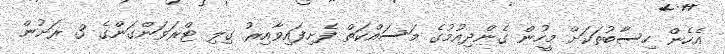
އެހެން ހިސާބުތަކަށް މީހުން ގެންދިއުމުގެ މަސައްކަތް ފެށިފައިވާއިރު ގިލި ޓްރަވަންގަންގެ 3 ރަށުން